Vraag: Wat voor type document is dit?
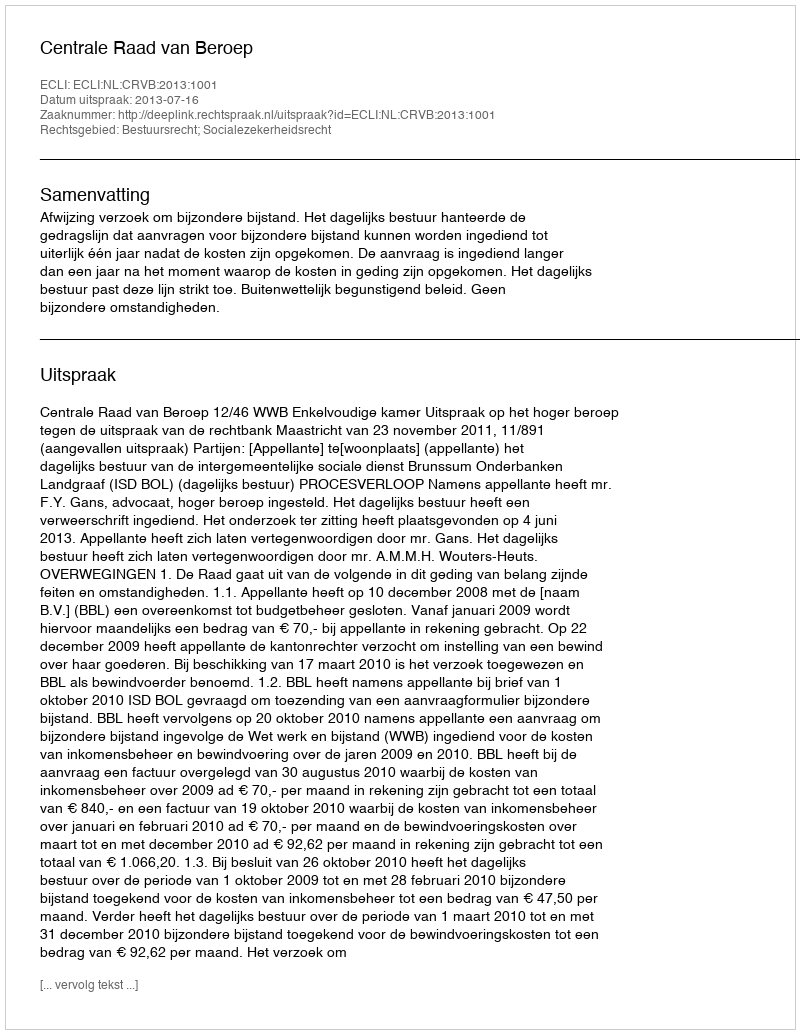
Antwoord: Uitspraak